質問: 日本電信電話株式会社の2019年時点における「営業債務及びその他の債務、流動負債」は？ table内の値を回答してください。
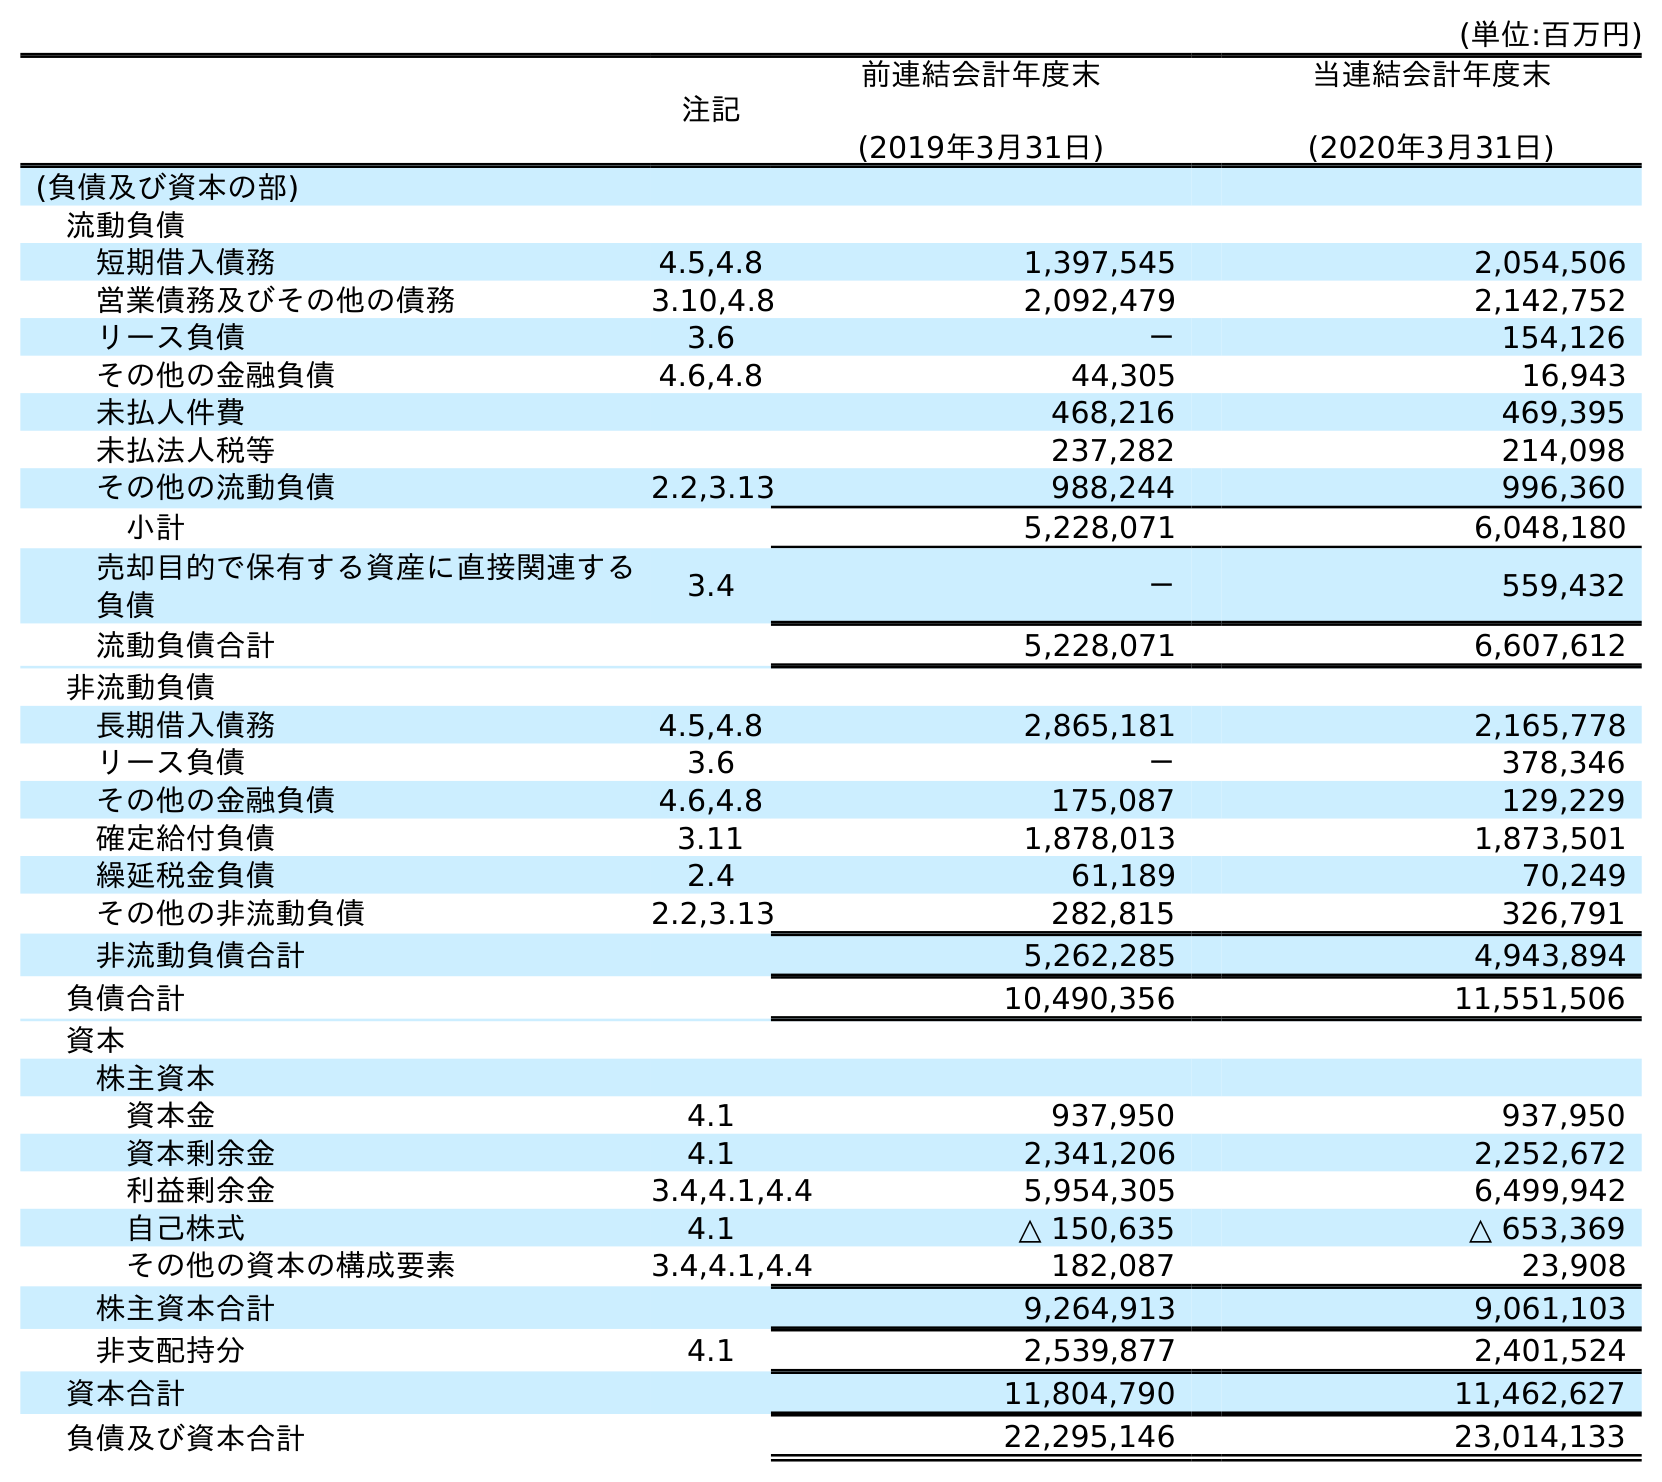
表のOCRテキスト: (単位:百万円) 注記 前連結会計年度末 (2019年3月31日) 当連結会計年度末 (2020年3月31日) (負債及び資本の部) 流動負債 短期借入債務 4.5,4.8 1,397,545 2,054,506 営業債務及びその他の債務 3.10,4.8 2,092,479 2,142,752 リース負債 3.6 － 154,126 その他の金融負債 4.6,4.8 44,305 16,943 未払人件費 468,216 469,395 未払法人税等 237,282 214,098 その他の流動負債 2.2,3.13 988,244 996,360 小計 5,228,071 6,048,180 売却目的で保有する資産に直接関連する 負債 3.4 － 559,432 流動負債合計 5,228,071 6,607,612 非流動負債 長期借入債務 4.5,4.8 2,865,181 2,165,778 リース負債 3.6 － 378,346 その他の金融負債 4.6,4.8 175,087 129,229 確定給付負債 3.11 1,878,013 1,873,501 繰延税金負債 2.4 61,189 70,249 その他の非流動負債 2.2,3.13 282,815 326,791 非流動負債合計 5,262,285 4,943,894 負債合計 10,490,356 11,551,506 資本 株主資本 資本金 4.1 937,950 937,950 資本剰余金 4.1 2,341,206 2,252,672 利益剰余金 3.4,4.1,4.4 5,954,305 6,499,942 自己株式 4.1 △ 150,635 △ 653,369 その他の資本の構成要素 3.4,4.1,4.4 182,087 23,908 株主資本合計 9,264,913 9,061,103 非支配持分 4.1 2,539,877 2,401,524 資本合計 11,804,790 11,462,627 負債及び資本合計 22,295,146 23,014,133
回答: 2,092,479